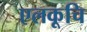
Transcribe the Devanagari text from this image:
एलकूचि